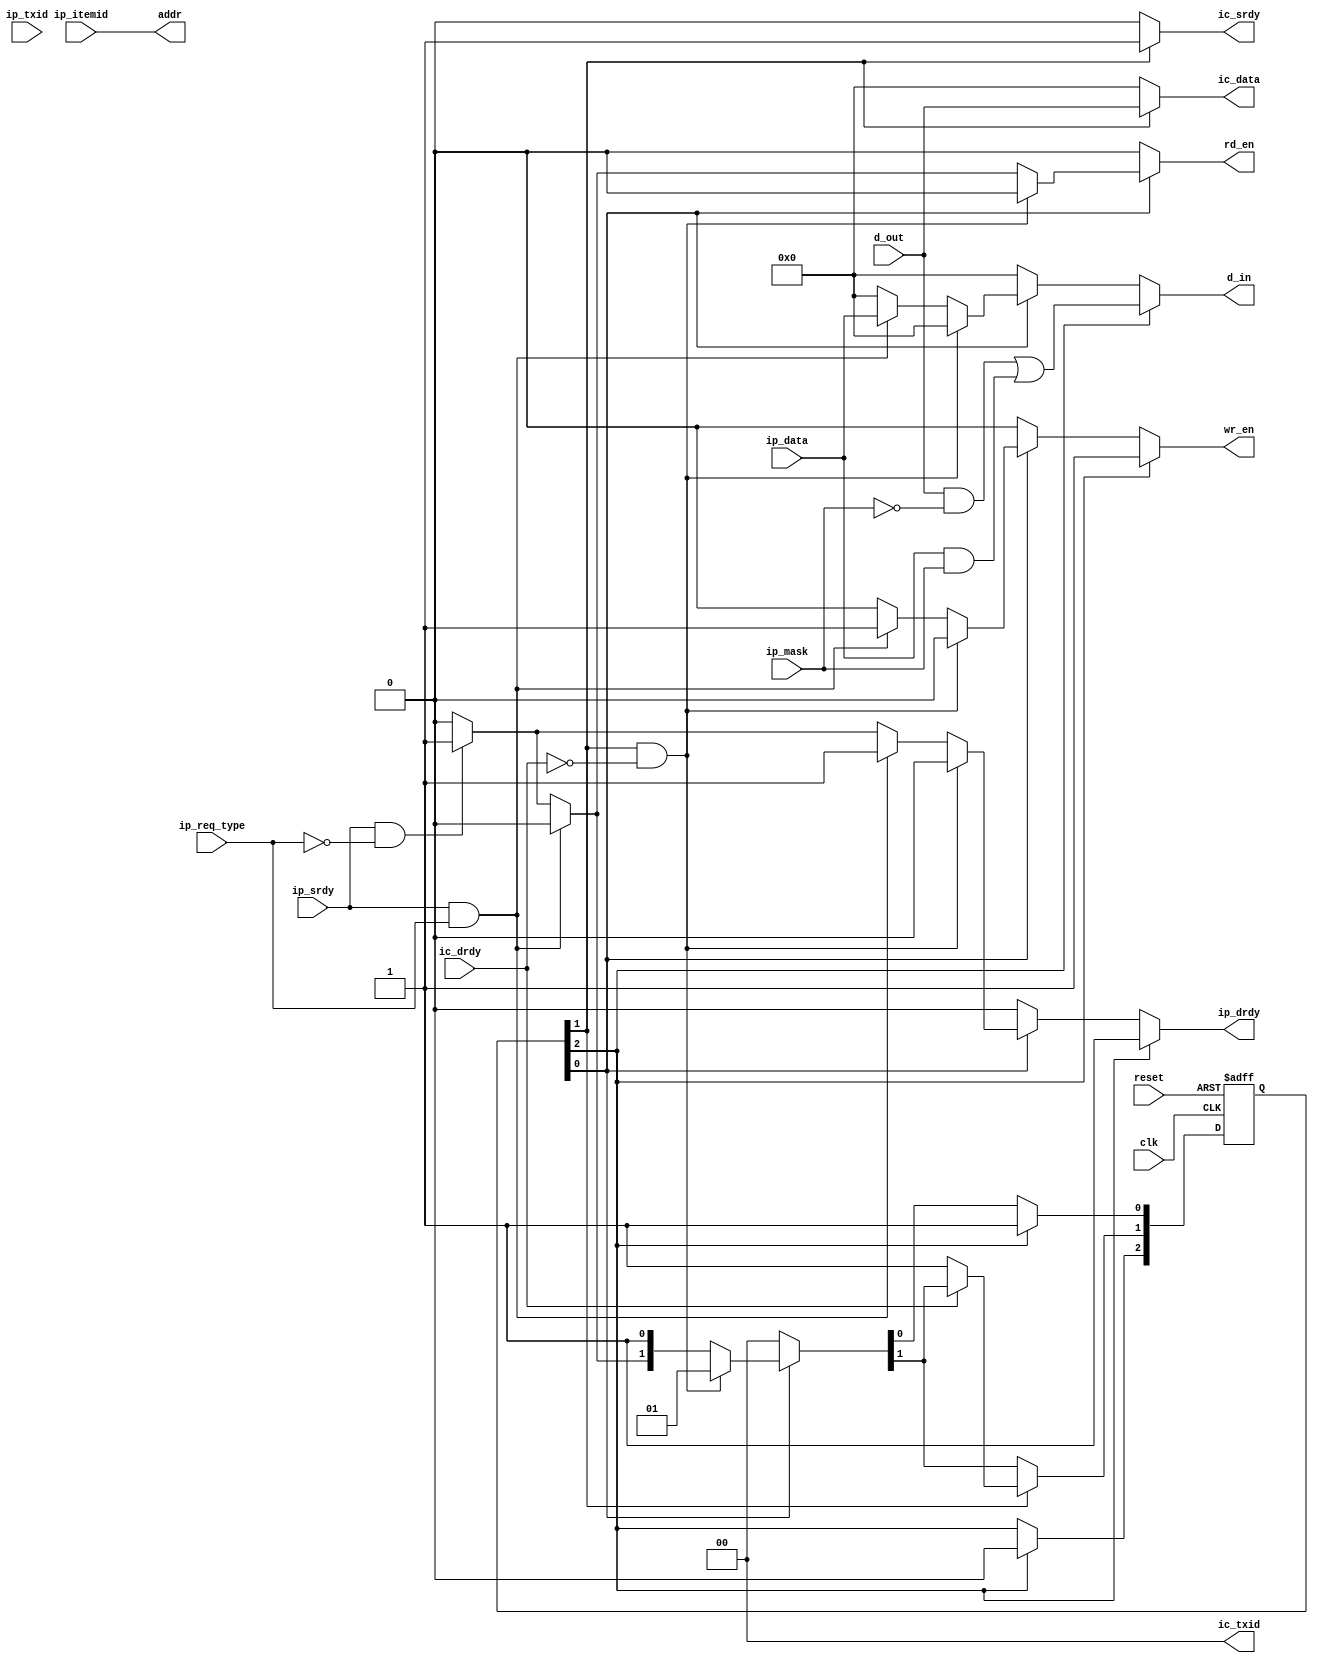
//----------------------------------------------------------------------
//  Scoreboard FSM
//
// Keeps track of data regarding N items.  Allows multiple entities
// to track data about a particular item.  Supports masked writes,
// allowing only part of a record to be updated by a particular
// transaction.
//
// If masks are enabled, 
//
// Naming convention: c = consumer, p = producer, i = internal interface
//----------------------------------------------------------------------
//
// This block is uncopyrighted and released into the public domain.
//----------------------------------------------------------------------
// This is free and unencumbered software released into the public domain.
//
// Anyone is free to copy, modify, publish, use, compile, sell, or
// distribute this software, either in source code form or as a compiled
// binary, for any purpose, commercial or non-commercial, and by any
// means.
//
// In jurisdictions that recognize copyright laws, the author or authors
// of this software dedicate any and all copyright interest in the
// software to the public domain. We make this dedication for the benefit
// of the public at large and to the detriment of our heirs and
// successors. We intend this dedication to be an overt act of
// relinquishment in perpetuity of all present and future rights to this
// software under copyright law.
//
// THE SOFTWARE IS PROVIDED "AS IS", WITHOUT WARRANTY OF ANY KIND,
// EXPRESS OR IMPLIED, INCLUDING BUT NOT LIMITED TO THE WARRANTIES OF
// MERCHANTABILITY, FITNESS FOR A PARTICULAR PURPOSE AND NONINFRINGEMENT.
// IN NO EVENT SHALL THE AUTHORS BE LIABLE FOR ANY CLAIM, DAMAGES OR
// OTHER LIABILITY, WHETHER IN AN ACTION OF CONTRACT, TORT OR OTHERWISE,
// ARISING FROM, OUT OF OR IN CONNECTION WITH THE SOFTWARE OR THE USE OR
// OTHER DEALINGS IN THE SOFTWARE.
//
// For more information, please refer to <http://unlicense.org/> 
//----------------------------------------------------------------------

// Clocking statement for synchronous blocks.  Default is for
// posedge clocking and positive async reset
`ifndef SDLIB_CLOCKING 
 `define SDLIB_CLOCKING posedge clk or posedge reset
`endif

// delay unit for nonblocking assigns, default is to #1
`ifndef SDLIB_DELAY 
 `define SDLIB_DELAY #1 
`endif

module sd_scoreboard_fsm
  #(parameter width=8,
    parameter items=64,
    parameter use_txid=0,
    parameter use_mask=0,
    parameter txid_sz=2,
    parameter asz=6)  //log2(items))
  (input      clk,
   input      reset,

   input      ip_srdy,
   output reg     ip_drdy,
   input      ip_req_type, // 0=read, 1=write
   input [txid_sz-1:0] ip_txid,
   input [width-1:0] ip_mask,
   input [width-1:0] ip_data,
   input [asz-1:0]   ip_itemid,

   output reg     ic_srdy,
   input      ic_drdy,
   output reg [txid_sz-1:0] ic_txid,
   output reg [width-1:0]   ic_data,

   input [width-1:0]    d_out,
   output reg               wr_en,
   output reg               rd_en,
   output reg [width-1:0]   d_in,
   output reg [asz-1:0]     addr
   );

  localparam s_idle = 0, s_read = 1, s_rdmod = 2;
  
  reg [2:0]                 state, nxt_state;
  reg [txid_sz-1:0]         txid, nxt_txid;

  always @*
    begin
      ip_drdy = 0;
      ic_srdy = 0;
      ic_data = 0;
      wr_en = 0;
      rd_en = 0;
      d_in = 0;
      addr = ip_itemid;
      nxt_state = state;
      nxt_txid  = txid;
      if (use_txid)
        ic_txid = txid;
      else
        ic_txid = 0;

      nxt_state[s_read] = 0;
      
      if (state[s_idle])
        begin
	  if (state[s_read] & !ic_drdy)
	    begin
	      // output is busy, stall
	    end
          else if (ip_srdy & (ip_req_type==1))
            begin
              if ((use_mask==0) | (ip_mask=={width{1'b1}}))
                begin
                  ip_drdy = 1;
                  wr_en   = 1;
                  d_in    = ip_data;
                end
              else
                begin
                  rd_en = 1;
                  nxt_state[s_rdmod] = 1;
                  nxt_state[s_idle]  = 0;
                end
            end
          else if (ip_srdy & (ip_req_type==0))
            begin
              rd_en = 1;
              nxt_state[s_read] = 1;
              nxt_txid  = ip_txid;
              ip_drdy   = 1;
            end
        end // case: s_idle

      if (state[s_read])
        begin
          ic_srdy = 1;
          ic_data = d_out;
          if (!ic_drdy)
            begin
              nxt_state[s_read] = 1;
              //nxt_state[s_idle] = 1;
            end
        end // case: state[s_read]

      if (state[s_rdmod])
        begin
          ip_drdy = 1;
          d_in = (d_out & ~ip_mask) | (ip_data & ip_mask);
          wr_en   = 1;

          nxt_state[s_rdmod] = 0;
          nxt_state[s_idle]  = 1;
        end
    end // always @ *


  always @(`SDLIB_CLOCKING)
    begin
      if (reset)
        begin
          state <= `SDLIB_DELAY 1;
        end
      else
        begin
          state <= `SDLIB_DELAY nxt_state;
        end
    end // always @ (`SDLIB_CLOCKING)

  generate
    if (use_txid != 0)
      begin : gen_txid_hold
        always @(`SDLIB_CLOCKING)
          begin
            if (reset)
              begin
                txid  <= `SDLIB_DELAY 0;
              end
            else
              begin
                txid  <= `SDLIB_DELAY nxt_txid;
              end
          end // always @ (`SDLIB_CLOCKING)
      end // block: gen_txid_hold
  endgenerate

endmodule // sd_scoreboard_fsm